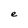
Character: e